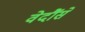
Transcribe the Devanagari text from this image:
वेदौंसे